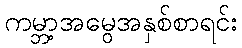
ကမ္ဘာ့အမွေအနှစ်စာရင်း